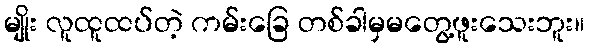
မျိုး လူထူထပ်တဲ့ ကမ်းခြေ တစ်ခါမှမတွေ့ဖူးသေးဘူး။